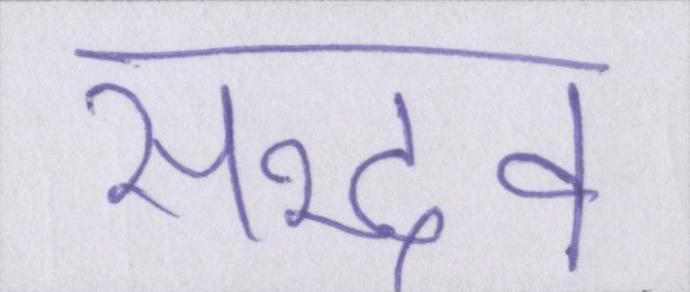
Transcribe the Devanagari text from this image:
सद्भव